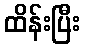
ထိန်းပြီး